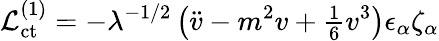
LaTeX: {\cal L}_{\mathrm{ct}}^{(1)}=-\lambda^{-1/2}\left(\ddot{v}-m^{2}v+{\textstyle{\frac{1}{6}}}v^{3}\right)\epsilon_{\alpha}\zeta_{\alpha}